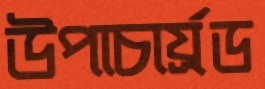
উপাচার্য্রড